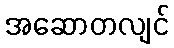
အဆောတလျင်